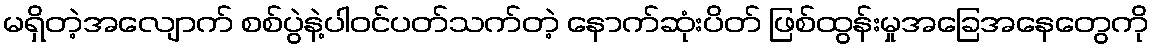
မရှိတဲ့အလျောက် စစ်ပွဲနဲ့ပါဝင်ပတ်သက်တဲ့ နောက်ဆုံးပိတ် ဖြစ်ထွန်းမှုအခြေအနေတွေကို